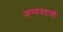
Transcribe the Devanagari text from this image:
अध्यपदाची